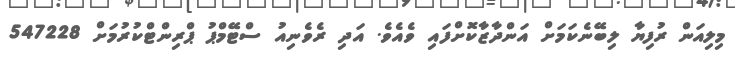
މިލިއަން ރުފިޔާ ލިބޭނެކަމަށް އަންދާޒާކޮށްފައި ވެއެވެ. އަދި ރެވެނިއު ސްޓޭމްޕު ޕްރިންޓްކުރުމަށް 547228